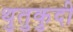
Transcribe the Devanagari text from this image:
थुतुकुदी